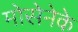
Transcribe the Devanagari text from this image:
मोसेनेके